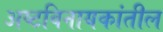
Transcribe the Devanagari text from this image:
अष्टविनायकांतील